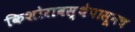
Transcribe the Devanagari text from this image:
किशोरावस्थेपासूनच